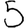
Digit: 5